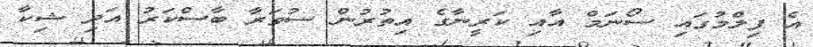
އެ ފިލްމުގައި ސޯނަމް އާއި ކަރީނާގެ އިތުރުން ސުވަރާ ބާސްކަރު އަދި ޝިކާ